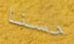
حسنا